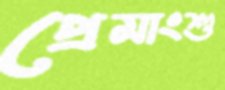
প্রেমাংশু